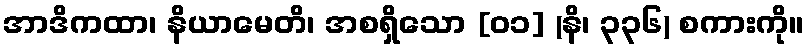
အာဒိကထာ၊ နိယာမေတိ၊ အစရှိသော [၀၁] (နိ၊ ၃၃၆) စကားကို။